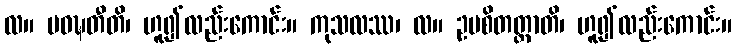
လ။ ပဝဍ္ဎတီတိ၊ ဟူ၍လည်းကောင်း။ ကုသလဿ၊ လ။ ဥပစိတတ္တာတိ၊ ဟူ၍လည်းကောင်း။